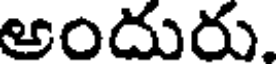
అందురు.